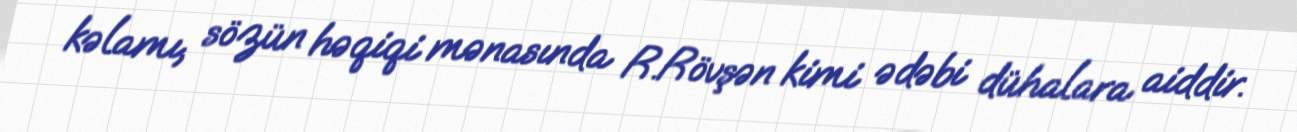
kəlamı, sözün həqiqi mənasında R.Rövşən kimi ədəbi dühalara aiddir.